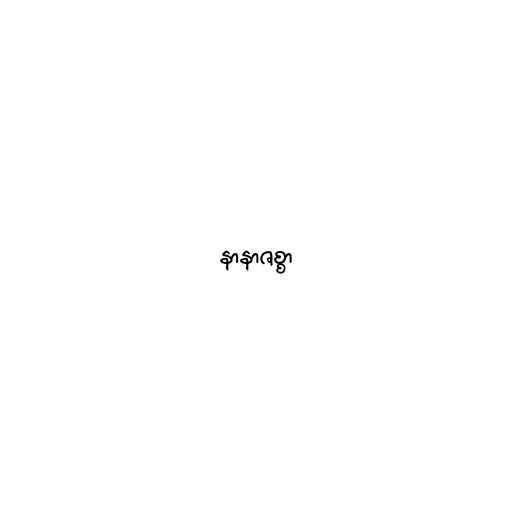
နာနာဇစ္စာ